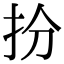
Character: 𢪅